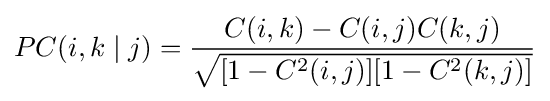
PC(i,k\mid j)={\frac {C(i,k)-C(i,j)C(k,j)}{\sqrt {[1-C^{2}(i,j)][1-C^{2}(k,j)]}}}